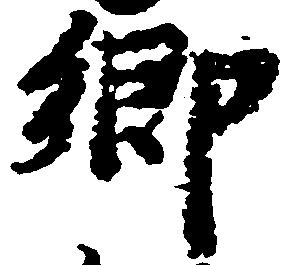
郷